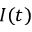
I ( t )